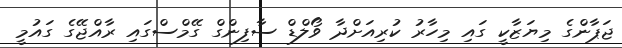
ޖަޕާންގެ މިޔަޒާކީ ގައި މިހާރު ކުރިއަށްދާ ވޯލްޑް ސާފިންގް ގޭމްސްގައި ރާއްޖޭގެ ގައުމީ